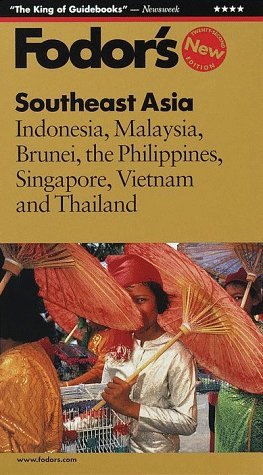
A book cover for Fodor's Southeast Asia, 22nd Edition: Indonesia, Malaysia, Brunei, the Philippines, Singapore, Vietnam and Thailand; Fodor's; Travel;